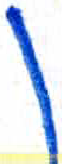
אות: ן